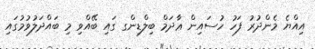
އިއްޔެ މެންދުރު ފަހު ހުސައިން ޢާދަމް ބިލްޑިންގ ގައި ބޭއްވި މި ބައްދަލުވުމުގައި